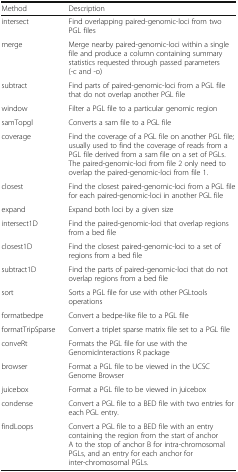
<table><thead><tr><td><b>Method</b></td><td><b>Description</b></td></tr></thead><tbody><tr><td>intersect</td><td>Find overlapping paired-genomic-loci from two PGL files</td></tr><tr><td>merge</td><td>Merge nearby paired-genomic-loci within a single file and produce a column containing summary statistics requested through passed parameters (-c and -o)</td></tr><tr><td>subtract</td><td>Find parts of paired-genomic-loci from a PGL file that do not overlap another PGL file</td></tr><tr><td>window</td><td>Filter a PGL file to a particular genomic region</td></tr><tr><td>samTopgl</td><td>Converts a sam file to a PGL file</td></tr><tr><td>coverage</td><td>Find the coverage of a PGL file on another PGL file; usually used to find the coverage of reads from a PGL file derived from a sam file on a set of PGLs. The paired-genomic-loci from file 2 only need to overlap the paired-genomic-loci from file 1.</td></tr><tr><td>closest</td><td>Find the closest paired-genomic-loci from a PGL file for each paired-genomic-loci in another PGL file</td></tr><tr><td>expand</td><td>Expand both loci by a given size</td></tr><tr><td>intersect1D</td><td>Find the paired-genomic-loci that overlap regions from a bed file</td></tr><tr><td>closest1D</td><td>Find the closest paired-genomic-loci to a set of regions from a bed file</td></tr><tr><td>subtract1D</td><td>Find the parts of paired-genomic-loci that do not overlap regions from a bed file</td></tr><tr><td>sort</td><td>Sorts a PGL file for use with other PGLtools operations</td></tr><tr><td>formatbedpe</td><td>Convert a bedpe-like file to a PGL file</td></tr><tr><td>formatTripSparse</td><td>Convert a triplet sparse matrix file set to a PGL file</td></tr><tr><td>conveRt</td><td>Formats the PGL file for use with the GenomicInteractions R package</td></tr><tr><td>browser</td><td>Format a PGL file to be viewed in the UCSC Genome Browser</td></tr><tr><td>juicebox</td><td>Format a PGL file to be viewed in juicebox</td></tr><tr><td>condense</td><td>Convert a PGL file to a BED file with two entries for each PGL entry.</td></tr><tr><td>findLoops</td><td>Convert a PGL file to a BED file with an entry containing the region from the start of anchor A to the stop of anchor B for intra-chromosomal PGLs, and an entry for each anchor for inter-chromosomal PGLs.</td></tr></tbody></table>